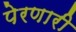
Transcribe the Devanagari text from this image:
पेरणारी